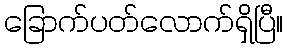
ခြောက်ပတ်လောက်ရှိပြီ။